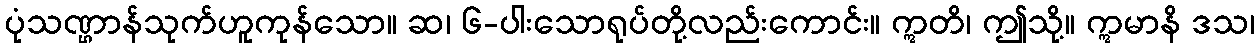
ပုံသဏ္ဌာန်သုက်ဟူကုန်သော။ ဆ၊ ၆-ပါးသောရုပ်တို့လည်းကောင်း။ ဣတိ၊ ဤသို့။ ဣမာနိ ဒသ၊